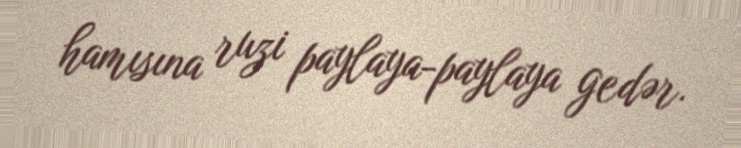
hamısına ruzi paylaya-paylaya gedər.